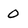
Character: 0